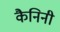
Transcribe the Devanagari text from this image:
कैनिनी